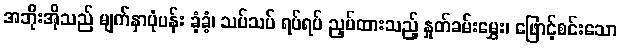
အဘိုးအိုသည် မျက်နှာပုံပန်း ခံ့ခံ့၊ သပ်သပ် ရပ်ရပ် ညှပ်ထားသည့် နှုတ်ခမ်းမွှေး၊ ဖြောင့်စင်းသော